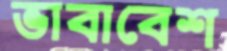
ভাবাবেশ